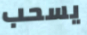
يسحب